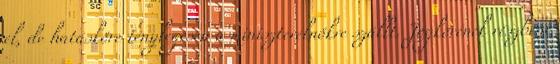
el, de hatásköre ténylegesen a miniszterelnökre szállt. Jogkörének részbeni